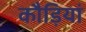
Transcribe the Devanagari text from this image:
कौड़ियां